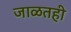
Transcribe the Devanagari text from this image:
जाळतही